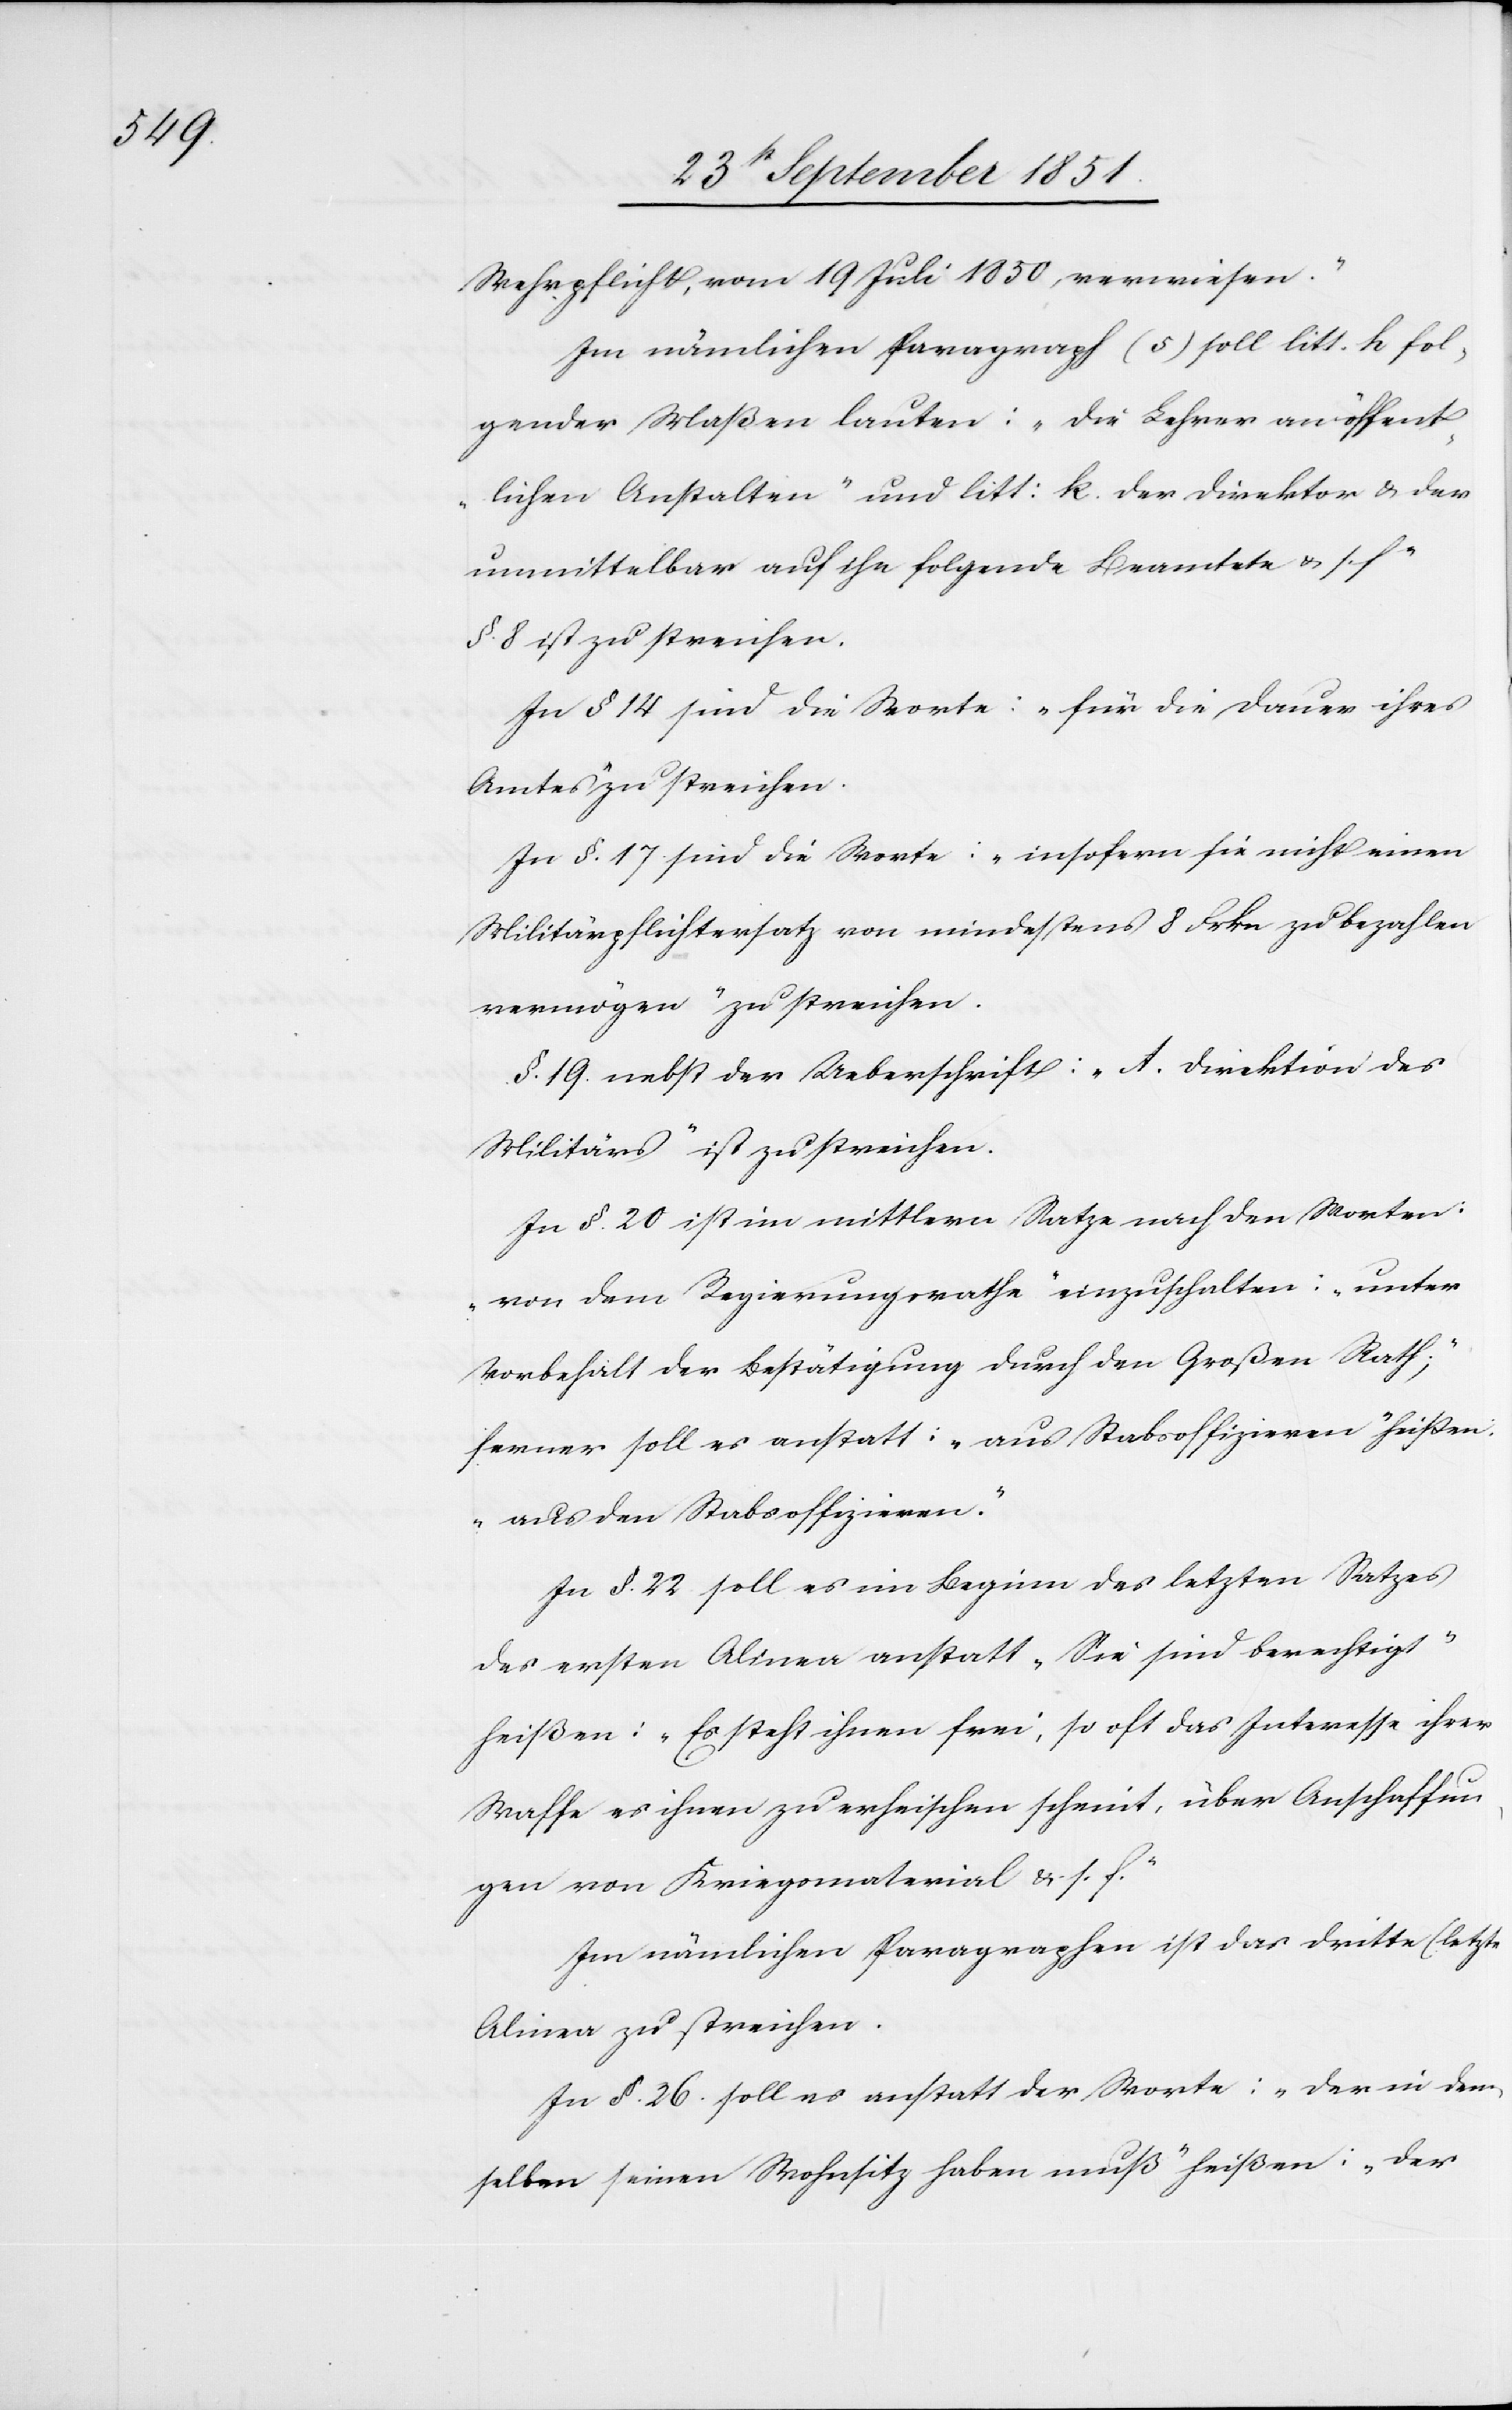
e[)]

Wehrpflicht, vom 19 Juli 1850, verwiesen.“
Im nämlichen Paragraph (5) soll litt. h fol¬
gender Maßen lauten: „Die Lehrer an öffent¬
lichen Anstalten“ und litt: k. [„]Der Direktor & der
unmittelbar auf ihn folgende Beamtete & s. f“
§. 8 ist zu streichen.
In § 14 sind die Worte: „für die Dauer ihres
Amtes“ zu streichen.
In §. 17 sind die Worte: „insofern sie nicht einen
Militärpflichtersatz von mindestens 8 Frkn zu bezahlen
vermögen“ zu streichen.
§. 19. nebst der Ueberschrift: „A. Direktion des
Militärs“ ist zu streichen.
In §. 20 ist im mittlern Satze nach den Worten:
„von dem Regierungsrathe“ einzuschalten: „unter
Vorbehalt der Bestätigung durch den Großen Rath;“
ferner soll es anstatt: „aus Stabsoffizieren“ heißen:
„aus den Stabsoffizieren.“
In §. 22 soll es im Beginn des letzten Satzes
des ersten Alinea anstatt „Sie sind berechtigt“
heißen: „Es steht ihnen frei, so oft das Interesse ihrer
Waffe es ihnen zu erheischen scheint, über Anschaffun¬
gen von Kriegsmaterial & s. f.“
Im nämlichen Paragraphen ist das dritte (letzt¬
Alinea zu streichen.
In §. 26. soll es anstatt der Worte: „der in dem¬
selben seinen Wohnsitz haben muß“ heißen: „der